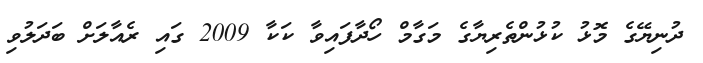
ދުނިޔޭގެ މޮޅު ކުޅުންތެރިޔާގެ މަގާމް ހޯދާފައިވާ ކަކާ 2009 ގައި ރެއާލަށް ބަދަލުވި